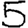
Digit: 5